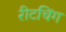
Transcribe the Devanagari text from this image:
रीटचिंग